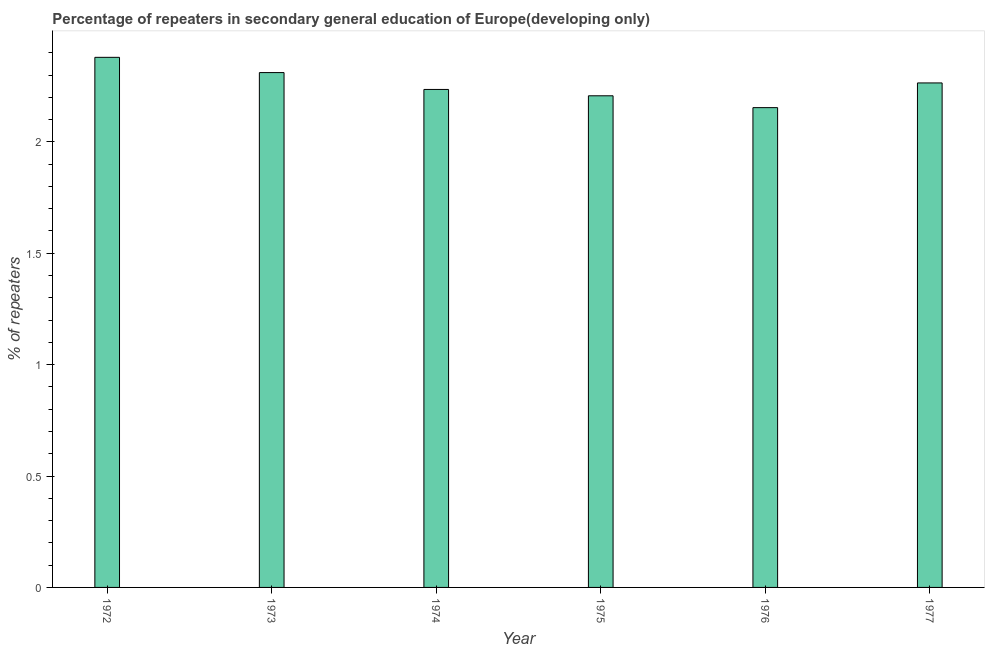
| Year | Percentage of repeaters |
 | --- | --- |
 | 1972 | 2.38 |
 | 1973 | 2.31 |
 | 1974 | 2.24 |
 | 1975 | 2.21 |
 | 1976 | 2.15 |
 | 1977 | 2.26 |